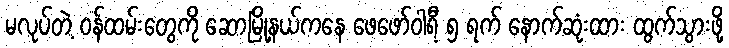
မလုပ်တဲ့ ဝန်ထမ်းတွေကို ဆောမြို့နယ်ကနေ ဖေဖော်ဝါရီ ၅ ရက် နောက်ဆုံးထား ထွက်သွားဖို့